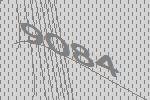
9084